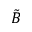
\tilde { B }